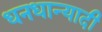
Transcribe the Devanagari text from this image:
धनधान्यादी